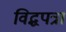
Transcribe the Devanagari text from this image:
विद्धपत्रा